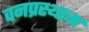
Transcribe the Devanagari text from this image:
वनप्रस्थाम